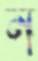
ন